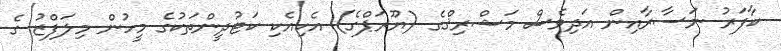
ކާފަރު ނަސާރާއިން އަދިވެސް މަޝްރިޤްގެ (ޔޫރަޕްގެ) އެކިއެކި ކަޓުދީންތަކުގެ މީހުން މިލަފްޒު ގެ